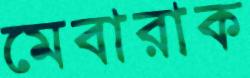
মেবারাক